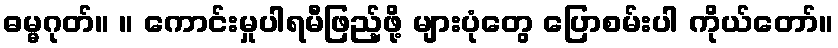
ဓမ္မဂုတ်။ ။ ကောင်းမှုပါရမီဖြည့်ဖို့ များပုံတွေ ပြောစမ်းပါ ကိုယ်တော်။